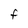
Character: F